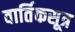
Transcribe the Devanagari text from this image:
वार्तिकसूत्र